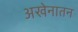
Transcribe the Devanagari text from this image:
अखेनातन